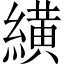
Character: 䌙